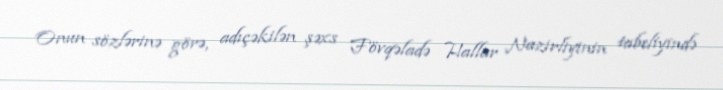
Onun sözlərinə görə, adıçəkilən şəxs Fövqəladə Hallar Nazirliyinin tabeliyində